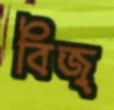
বিজ্